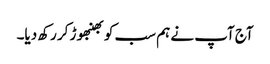
آج آپ نے ہم سب کو بھنبھوڑ کر رکھ دیا۔